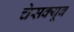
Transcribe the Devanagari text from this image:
चेसक्यूब